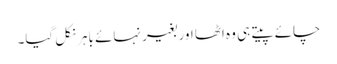
چائے پیتے ہی وہ اٹھا اور بغیر نہائے باہر نکل گیا۔